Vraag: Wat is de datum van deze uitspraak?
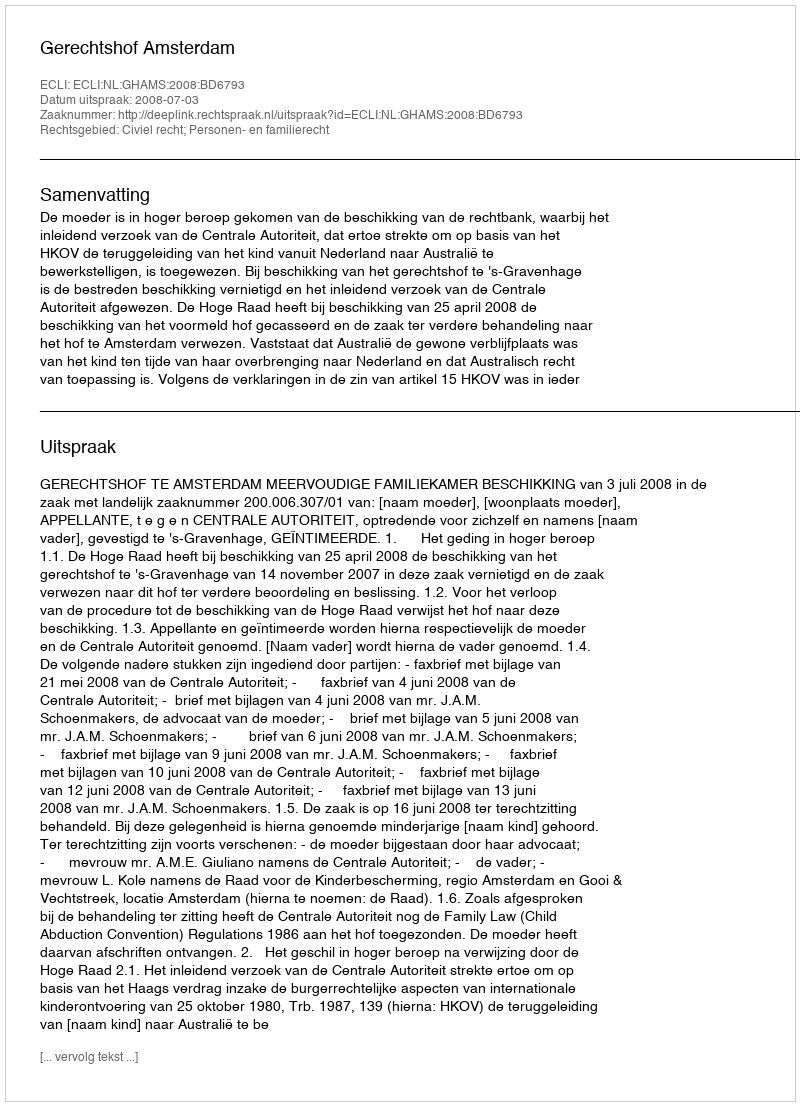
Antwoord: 2008-07-03